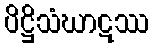
ပိဋ္ဌိသံဃာဋဿ